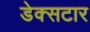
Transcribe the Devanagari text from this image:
डेक्सटार